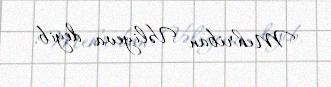
Mehriban Vəliyeva deyib.